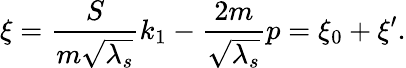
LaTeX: \xi={\frac{S}{m\sqrt{\lambda_{s}}}}k_{1}-{\frac{2m}{\sqrt{\lambda_{s}}}}p=\xi_{0}+\xi^{\prime}.